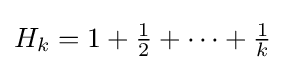
H_{k}=1+{\tfrac {1}{2}}+\cdots +{\tfrac {1}{k}}